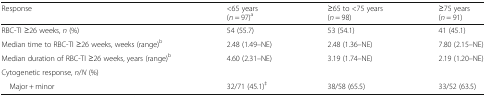
| Response | <65 years(n = 97)a | ≥65 to <75 years(n = 98) | ≥75 years(n = 91) |
 | --- | --- | --- | --- |
 | RBC-TI ≥26 weeks, n (%) | 54 (55.7) | 53 (54.1) | 41 (45.1) |
 | Median time to RBC-TI ≥26 weeks, weeks (range)b | 2.48 (1.49–NE) | 2.48 (1.36–NE) | 7.80 (2.15–NE) |
 | Median duration of RBC-TI ≥26 weeks, years (range)b | 4.60 (2.31–NE) | 3.19 (1.74–NE) | 2.19 (1.20–NE) |
 | <COLSPAN=4> Cytogenetic response, n/N (%) |
 | Major + minor | 32/71 (45.1)‡ | 38/58 (65.5) | 33/52 (63.5) |